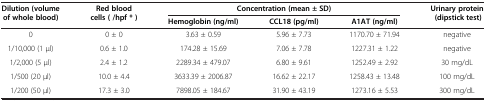
<table><thead><tr><td rowspan="2"><b>Dilution (volume of whole blood)</b></td><td rowspan="2"><b>Red blood cells ( /hpf * )</b></td><td colspan="3"><b>Concentration (mean ± SD)</b></td><td rowspan="2"><b>Urinary protein (dipstick test)</b></td></tr><tr><td><b>Hemoglobin (ng/ml)</b></td><td><b>CCL18 (pg/ml)</b></td><td><b>A1AT (ng/ml)</b></td></tr></thead><tbody><tr><td>0</td><td>0 ± 0</td><td>3.63 ± 0.59</td><td>5.96 ± 7.73</td><td>1170.70 ± 71.94</td><td>negative</td></tr><tr><td>1/10,000 (1 μl)</td><td>0.6 ± 1.0</td><td>174.28 ± 15.69</td><td>7.06 ± 7.78</td><td>1227.31 ± 1.22</td><td>negative</td></tr><tr><td>1/2,000 (5 μl)</td><td>2.4 ± 1.2</td><td>2289.34 ± 479.07</td><td>6.80 ± 9.61</td><td>1252.49 ± 2.92</td><td>30 mg/dL</td></tr><tr><td>1/500 (20 μl)</td><td>10.0 ± 4.4</td><td>3633.39 ± 2006.87</td><td>16.62 ± 22.17</td><td>1258.43 ± 13.48</td><td>100 mg/dL</td></tr><tr><td>1/200 (50 μl)</td><td>17.3 ± 3.0</td><td>7898.05 ± 184.67</td><td>31.90 ± 43.19</td><td>1273.16 ± 5.53</td><td>300 mg/dL</td></tr></tbody></table>